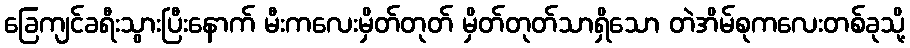
ခြေကျင်ခရီးသွားပြီးနောက် မီးကလေးမှိတ်တုတ် မှိတ်တုတ်သာရှိသော တဲအိမ်စုကလေးတစ်ခုသို့